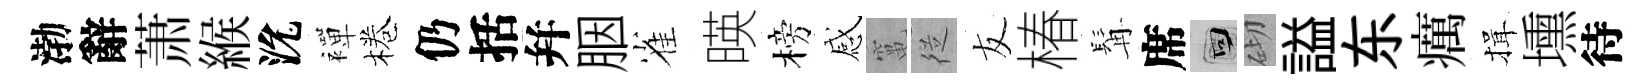
渤辭萧緱沇襌棬仍括幷胭雀暎榜感𥧄従友椿髯席回砌謚东癘揖壎待